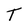
Character: T